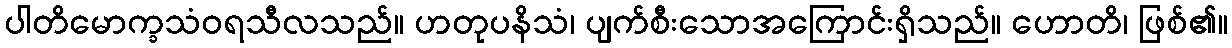
ပါတိမောက္ခသံဝရသီလသည်။ ဟတုပနိသံ၊ ပျက်စီးသောအကြောင်းရှိသည်။ ဟောတိ၊ ဖြစ်၏။